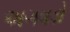
અગવડો